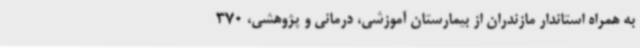
به همراه استاندار مازندران از بیمارستان آموزشی، درمانی و پژوهشی، 370